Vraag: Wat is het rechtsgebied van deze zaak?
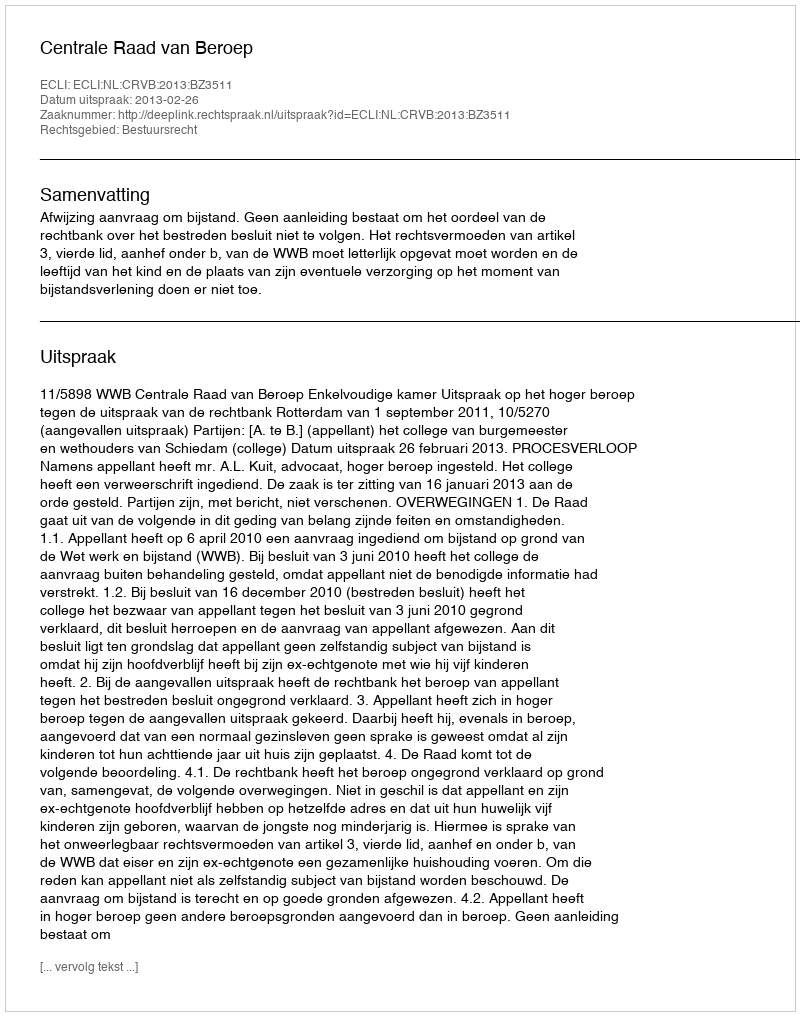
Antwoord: Bestuursrecht